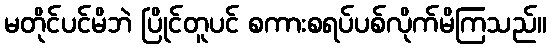
မတိုင်ပင်မိဘဲ ပြိုင်တူပင် စကားစရပ်ပစ်လိုက်မိကြသည်။